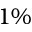
1 \%